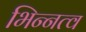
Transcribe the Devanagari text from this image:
भिन्‍नत्व